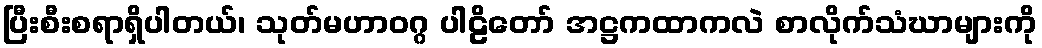
ပြီးစီးစရာရှိပါတယ်၊ သုတ်မဟာဝဂ္ဂ ပါဠိတော် အဋ္ဌကထာကလဲ စာလိုက်သံဃာများကို